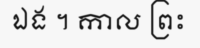
ឯង ។ កាល ព្រះ